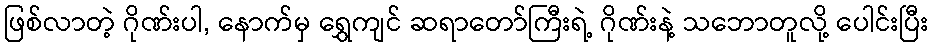
ဖြစ်လာတဲ့ ဂိုဏ်းပါ, နောက်မှ ရွှေကျင် ဆရာတော်ကြီးရဲ့ ဂိုဏ်းနဲ့ သဘောတူလို့ ပေါင်းပြီး